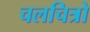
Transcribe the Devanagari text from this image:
चलचित्रो